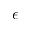
\epsilon